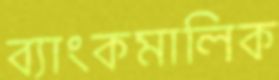
ব্যাংকমালিক